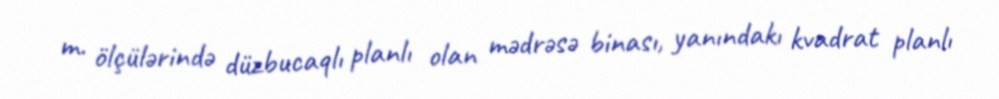
m. ölçülərində düzbucaqlı planlı olan mədrəsə binası, yanındakı kvadrat planlı